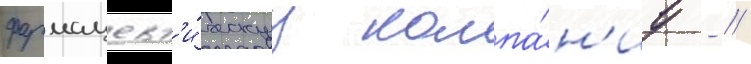
фармацевт'и́ческуу компа́н'иу - //